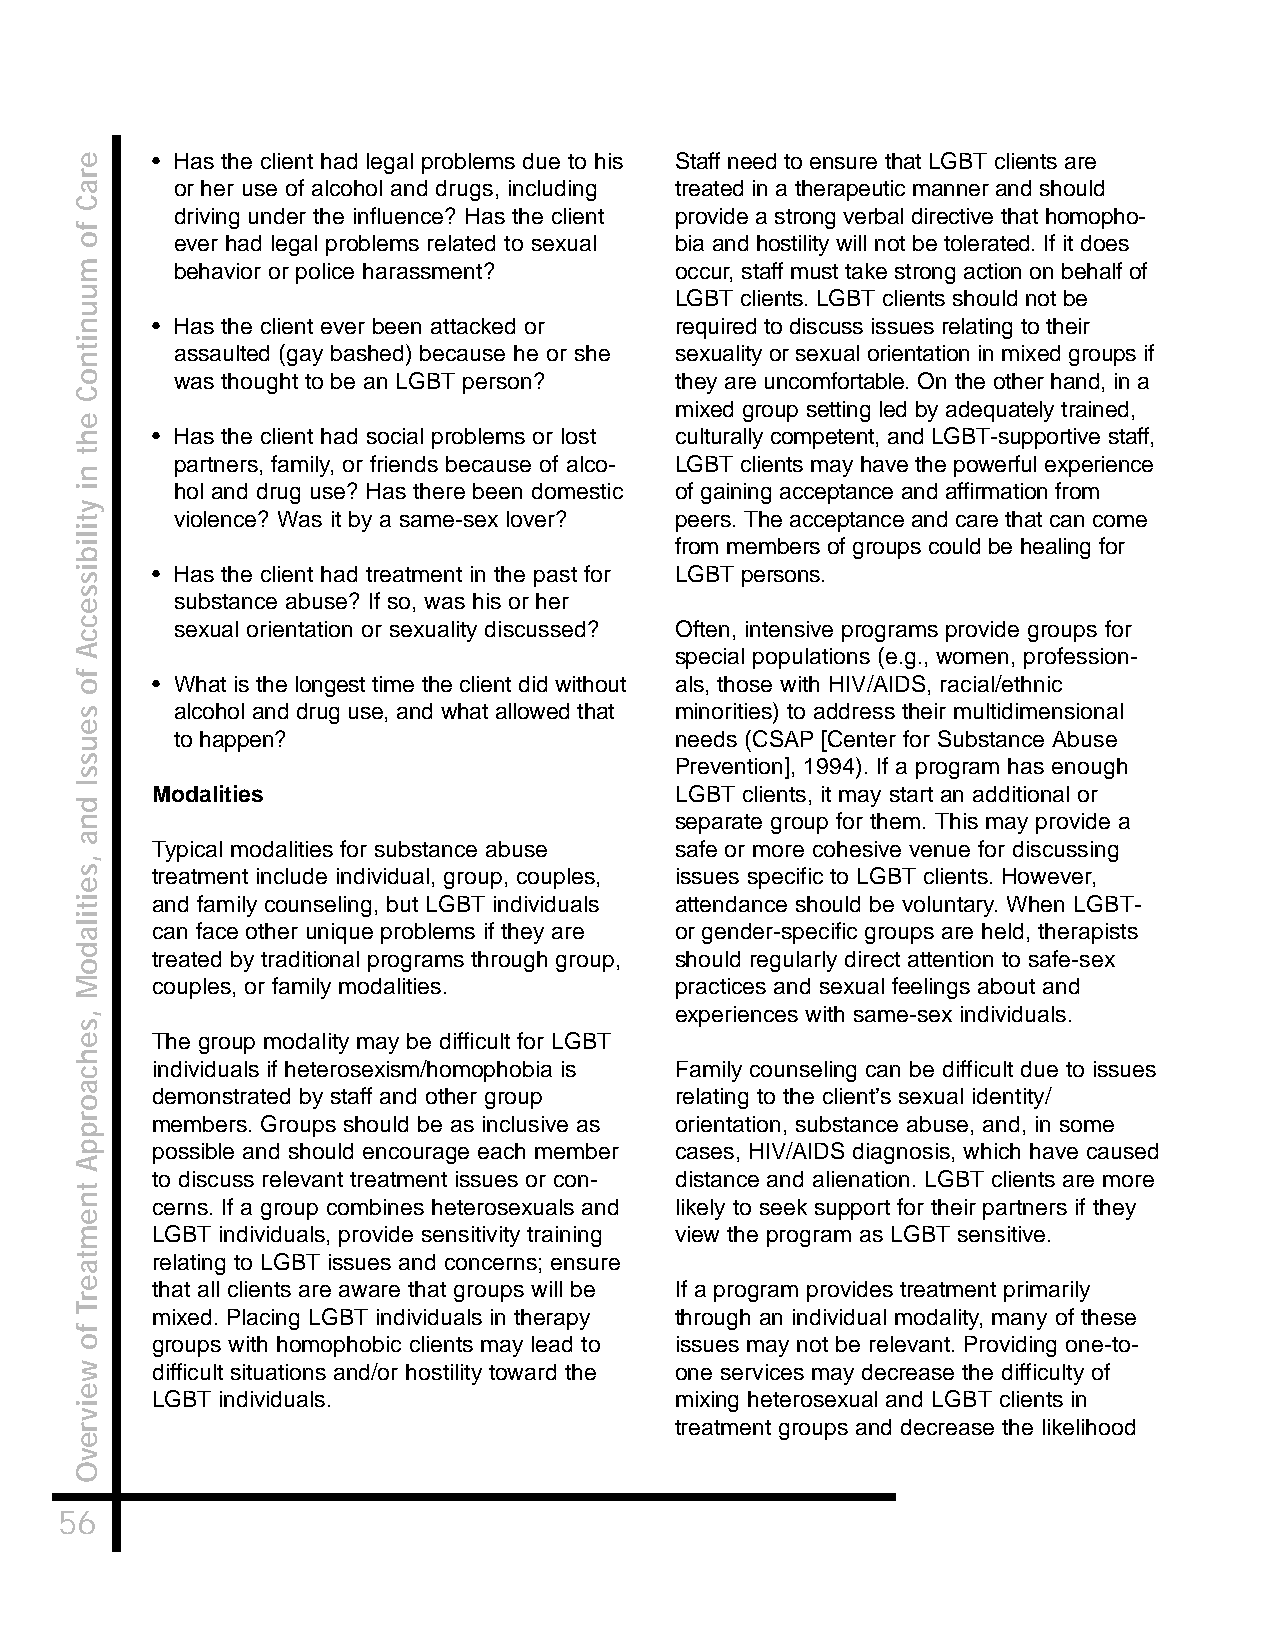
• Has the client had legal problems due to his Staff need to ensure that LGBT clients are
 or her use of alcohol and drugs, including treated in a therapeutic manner and should
 driving under the influence? Has the client provide a strong verbal directive that homopho-
 ever had legal problems related to sexual bia and hostility will not be tolerated. If it does
 behavior or police harassment?   occur, staff must take strong action on behalf of
 LGBT clients. LGBT clients should not be
 • Has the client ever been attacked or required to discuss issues relating to their
 assaulted (gay bashed) because he or she sexuality or sexual orientation in mixed groups if
 was thought to be an LGBT person? they are uncomfortable. On the other hand, in a
 mixed group setting led by adequately trained,
 • Has the client had social problems or lost culturally competent, and LGBT-supportive staff,
 partners, family, or friends because of alco- LGBT clients may have the powerful experience
 hol and drug use? Has there been domestic of gaining acceptance and affirmation from
 violence? Was it by a same-sex lover? peers. The acceptance and care that can come
 from members of groups could be healing for
 • Has the client had treatment in the past for LGBT persons.
 substance abuse? If so, was his or her
 sexual orientation or sexuality discussed? Often, intensive programs provide groups for
 special populations (e.g., women, profession-
 • What is the longest time the client did without als, those with HIV/AIDS, racial/ethnic
 alcohol and drug use, and what allowed that minorities) to address their multidimensional
 to happen?                       needs (CSAP [Center for Substance Abuse
 Prevention], 1994). If a program has enough
 Modalities                         LGBT clients, it may start an additional or
 separate group for them. This may provide a
 Typical modalities for substance abuse safe or more cohesive venue for discussing
 treatment include individual, group, couples, issues specific to LGBT clients. However,
 and family counseling, but LGBT individuals attendance should be voluntary. When LGBT-
 can face other unique problems if they are or gender-specific groups are held, therapists
 treated by traditional programs through group, should regularly direct attention to safe-sex
 couples, or family modalities.     practices and sexual feelings about and
 experiences with same-sex individuals.
 The group modality may be difficult for LGBT
 individuals if heterosexism/homophobia is Family counseling can be difficult due to issues
 demonstrated by staff and other group relating to the client’s sexual identity/
 members. Groups should be as inclusive as orientation, substance abuse, and, in some
 possible and should encourage each member cases, HIV/AIDS diagnosis, which have caused
 to discuss relevant treatment issues or con- distance and alienation. LGBT clients are more
 cerns. If a group combines heterosexuals and likely to seek support for their partners if they
 LGBT individuals, provide sensitivity training view the program as LGBT sensitive.
 relating to LGBT issues and concerns; ensure
 that all clients are aware that groups will be If a program provides treatment primarily
 mixed. Placing LGBT individuals in therapy through an individual modality, many of these
 groups with homophobic clients may lead to issues may not be relevant. Providing one-to-
 difficult situations and/or hostility toward the one services may decrease the difficulty of
 LGBT individuals.                  mixing heterosexual and LGBT clients in
 treatment groups and decrease the likelihood
 56
 eraC
 fo
 muunitnoC
 eht
 ni
 ytilibisseccA
 fo
 seussI
 dna
 ,seitiladoM
 ,sehcaorppA
 tnemtaerT
 fo
 weivrevO